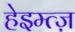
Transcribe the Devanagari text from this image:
हेइम्त्ज़